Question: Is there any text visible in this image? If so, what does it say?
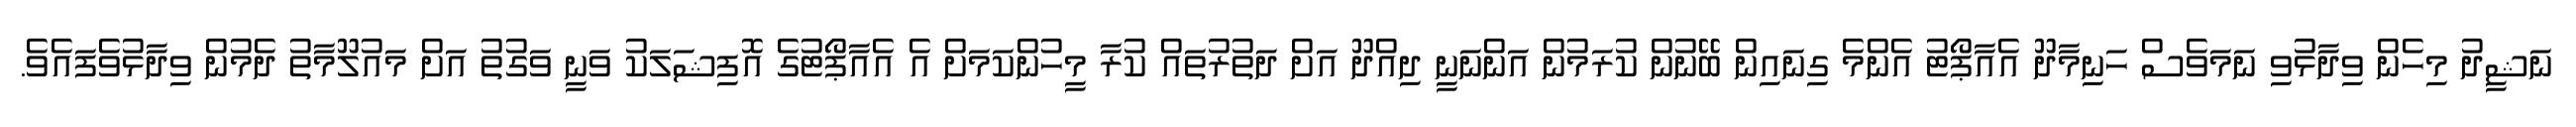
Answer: ނަޝީދު މިހެން ވިދާޅުވި ނަމަވެސް ހަނިމާދޫ އެއާޕޯޓު އެންމެ ގިނައިން ބޭނުން ކުރަމުން އަންނަނީ ދިއްދޫ އަށް ދަތުރުތައް ކުރާ މީހުންކަމަށް އެ އެއާޕޯޓުގެ އޮފިޝަލަކު ވަނީ ވަގުތު އަށް މައުލޫމާތު ދެމުން ވިދާޅުވެފައެވެ.